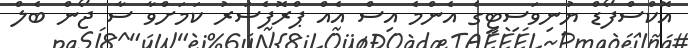
އޮކްސްފޯޑް ޔުނިވަސިޓީގެ އެންމެ އިސް އެއް ޕްރޮފެސަރު ކަމަށްވާ ސާ ޖޯން ބެލް